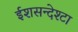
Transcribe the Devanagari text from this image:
ईशसन्देश्टा